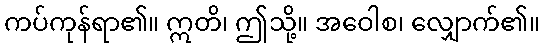
ကပ်ကုန်ရာ၏။ ဣတိ၊ ဤသို့။ အဝေါစ၊ လျှောက်၏။